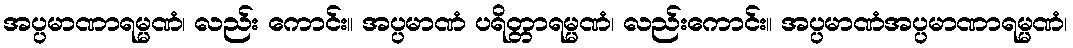
အပ္ပမာဏာရမ္မဏံ၊ လည်း ကောင်း။ အပ္ပမာဏံ ပရိတ္တာရမ္မဏံ၊ လည်းကောင်း။ အပ္ပမာဏံအပ္ပမာဏာရမ္မဏံ၊